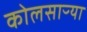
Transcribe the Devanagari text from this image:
कोलसाऱ्या